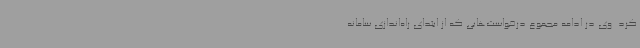
کرد. وی در ادامه مجموع درخواست‌هایی که از ابتدای راه‌اندازی سامانه